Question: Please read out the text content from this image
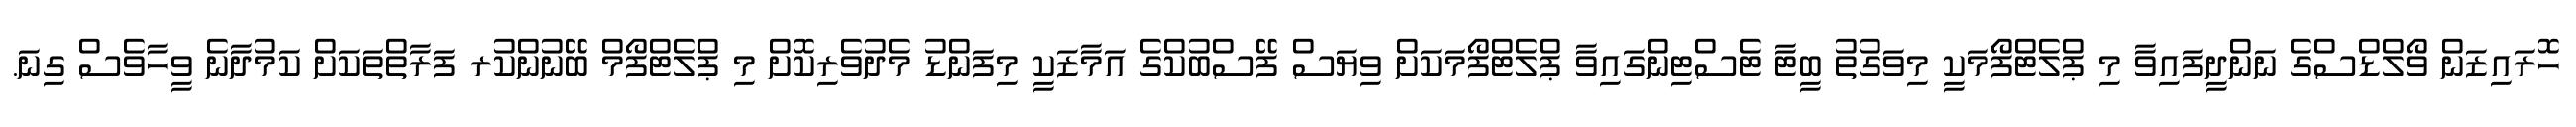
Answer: ހޮރައިޒަން ވޯލްޑްސްގެ ނަންދީފައިވާ މި ޕްލެޓްފޯމަކީ މިވަގުތު ބީޓާ ޓެސްޓިންގައިވާ ޕްލެޓްފޯމަކަށް ވިޔަސް ފޭސްބުކްގެ އަމާޒަކީ މިފަންޑު މެދުވެރިކޮށް މި ޕްލެޓްފޯމް ބޭނުންކުރ ފަރާތްތަކަށް ކަމުދާނެ ވީހާވެސް ގިނަ.